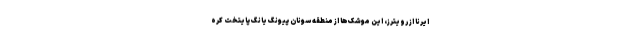
ایرنا از رویترز، این موشک‌ها از منطقه سونان پیونگ یانگ پایتخت کره